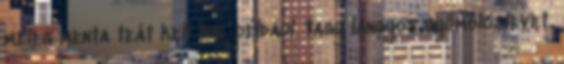
meleg menta teát kell inni, például. Vagy langyos gyümölcslevet.